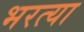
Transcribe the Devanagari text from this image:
भरत्या